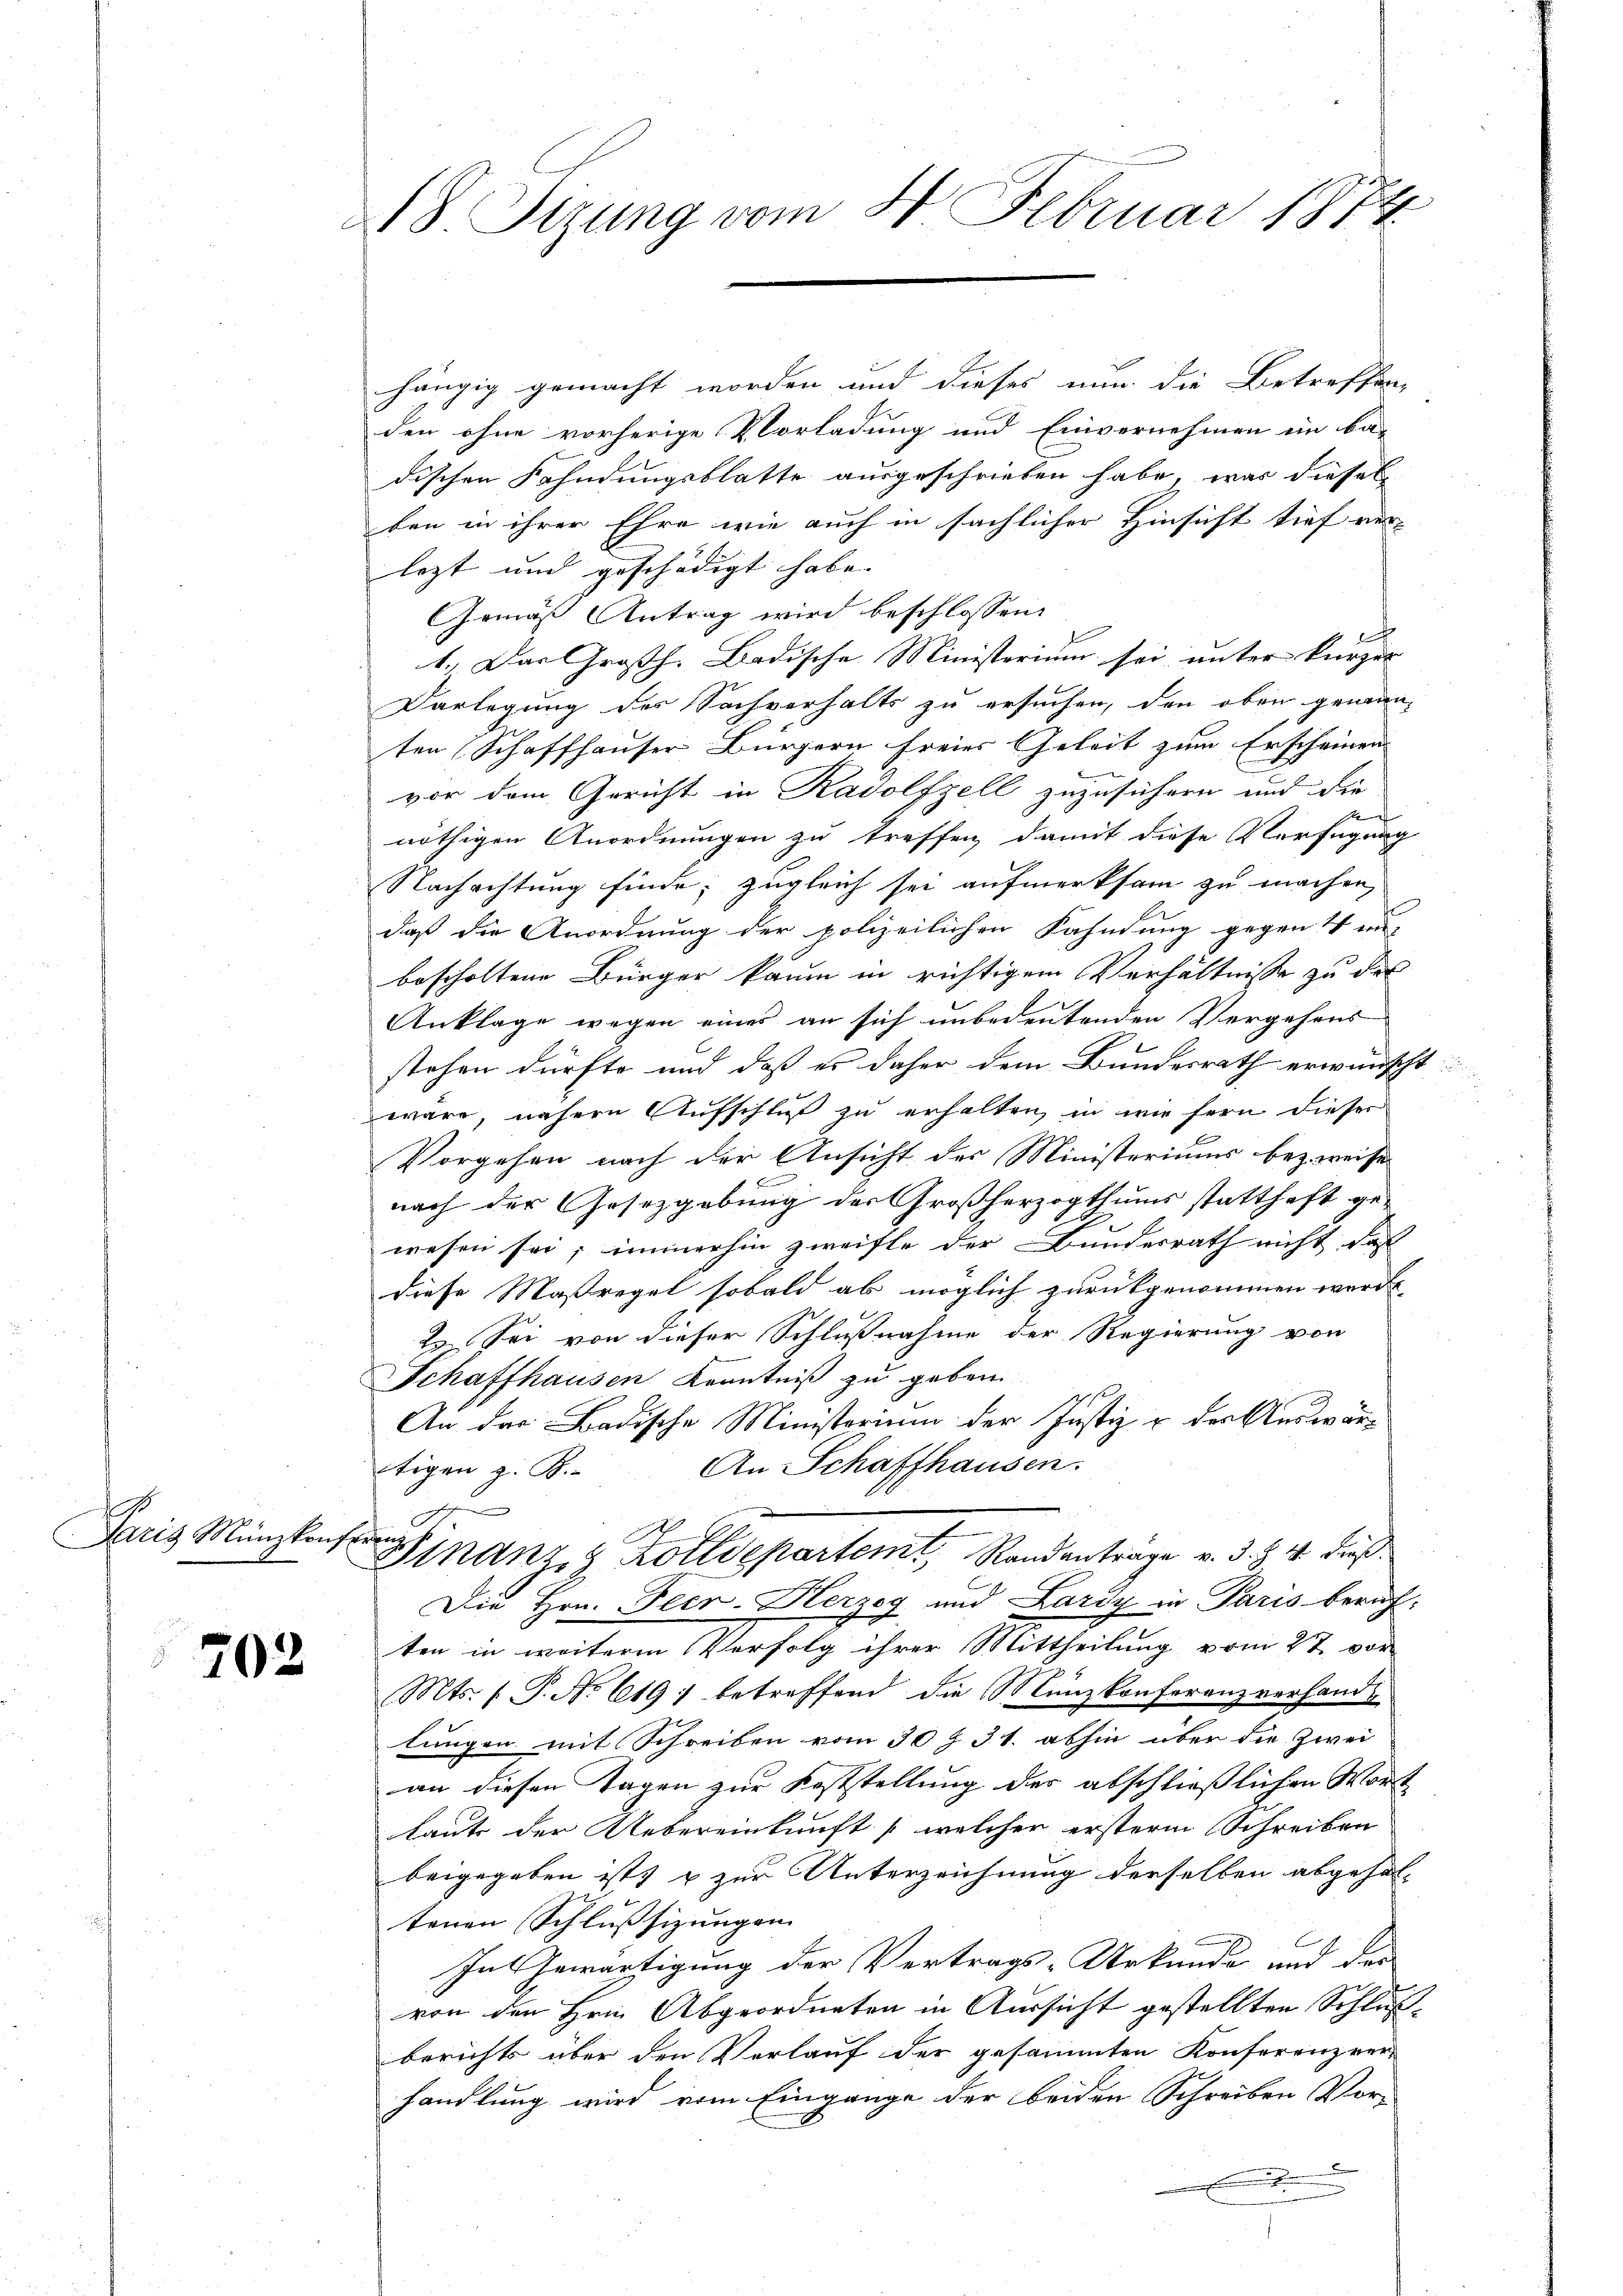
Paris Münzkonstren

702

8 Sizung vom 4. Februar 1874.

hängig gemacht worden und dieses nun die Betreffen
den ohne vorherige Vorladung und Einvernehmen ein ba-
dischen Fahndungsblatte ausgeschrieben habe, war dieses
ten in ihrer Ehre wie auch in sächlicher Hinsicht tief ver-
lezt und geschädigt habe. |
Gemäß Antrag wird beschlossen:
1. Das Großh. Badische Ministerium sei unter kurzer |
Darlegung des Sachverhalts zu ersuchen, den oben genan-
ten Schaffhauser Bürgern freies Geleit zum Erscheinen
B
vor dem Gericht in Radolfzell zuzusichern und die
nöthigen Anordnungen zu treffen, damit diese Verfügung
Nachachtung finde; zugleich sei aufmerksam zu machen,
daß die Anordnung der polizeilichen Kahndung gegen 4 en-
bescholtene Bürger kaum in richtigem Verhältnisse zu des
Anklage wegen eines an sich unbedeutenden Vergehens
stehen dürfte und daß es daher dem Bundesrath erwünscht
wäre, nähern Aufschluß zu erhalten, in wie fern dieser
Vorgehen nach der Ansicht des Ministeriums bezweise
x
nach der Gesetzgebung der Großherzogthums statthaft gewesen sei; immerhin zweifle der Bundesrath nicht das
diese Massregel sobald ab möglich zurückgenommen werde
2. Sei von dieser Schlußnahme der Regierung von
Schaffhausen Kenntniß zu geben.
An der Badische Ministerium der Justiz & der Auswär¬
An Schaffhausen.
tigen z. B.
1
Finanz, Zolldepartemt, Randantrage v. 3. §. 4. dieß
Die Hrn. Feer-Herzog und Lardy in Paris beruf-
ten in weitere Verfolg ihrer Mittheilung vom 27. vor
Mts. f. P. No 619) betreffend die Münzkonferenzverhande
lungen mit Schreiben vom 30 f 31. abhin über die Zwei
an diesen Tagen zur Feststellung der abschließlichen Wort
laut der Uebereinkunft (welcher ersterm Schreiben
beigegeben ist, & zur Unterzeichnung derselben abgehal-
tenen Schlusssizungen |
In Gewärtigung der Vertrags-Urkunde und der
von den Hrn. Abgeordneten in Aussicht gestellten Schlußberichts über den Verlauf der gesammten Konferenzver-
handlung wird vom Eingange der beiden Schreiben Vor-